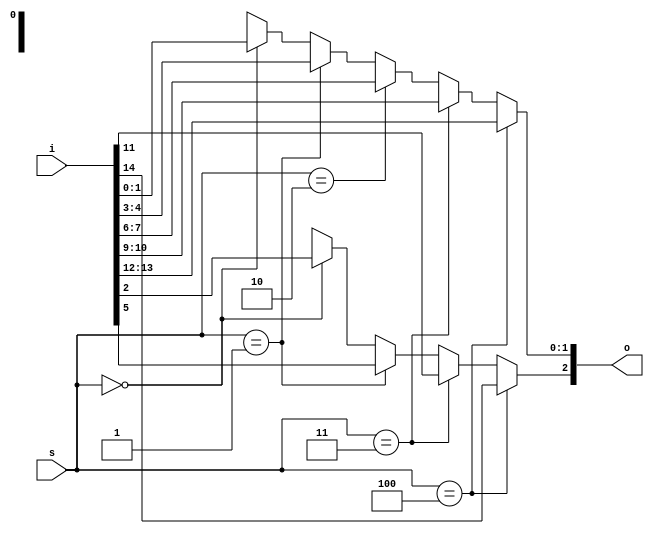
module mux_if_unbal_5_3_width_mismatch #(parameter N=5, parameter W=3) (input [N*W-1:0] i, input [$clog2(N)-1:0] s, output reg [W-1:0] o);
always @* begin
    o <= {W{1'bx}};
    if (s == 0) o <= i[0*W+:W];
    if (s == 1) o <= i[1*W+:W];
    if (s == 2) o[W-2:0] <= i[2*W+:W-1];
    if (s == 3) o <= i[3*W+:W];
    if (s == 4) o <= i[4*W+:W];
end
endmodule